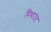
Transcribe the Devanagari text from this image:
विथाउट